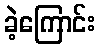
ခဲ့ကြောင်း